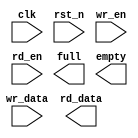
module sync_fifo # (
    parameter DATA_WIDTH = 8,
    parameter FIFO_DEPTH = 8,
    parameter ADDR_WIDTH  = 3
)(
    input  clk,
    input  rst_n,
    input  wr_en,
    input  [DATA_WIDTH-1:0] wr_data,
    input  rd_en,
    output reg [DATA_WIDTH-1:0] rd_data,
    output reg full,
    output reg empty
);

reg [ADDR_WIDTH-1:0] wr_ptr;
reg [ADDR_WIDTH-1:0] rd_ptr;
reg [ADDR_WIDTH:0]   fifo_cnt;
reg [DATA_WIDTH-1:0] buf_mem [0:FIFO_DEPTH-1];

always @(posedge clk or negedge rst_n) begin
    if(!rst_n)
        fifo_cnt <= {(ADDR_WIDTH){1'b0}};
        else begin
            if(rd_en && wr_en && ~full && ~empty)
                fifo_cnt <=fifo_cnt;
            else if(wr_en && ~full)
                fifo_cnt <= fifo_cnt + 1;
            else if(rd_en && ~empty)
                fifo_cnt <= fifo_cnt-1;
        end
end 

always @(posedge clk or negedge rst_n) begin
   if(!rst_n)
        wr_ptr <= {ADDR_WIDTH{1'b0}};
    else begin
        if(wr_ptr==FIFO_DEPTH-1)
            wr_ptr <= {ADDR_WIDTH{1'b0}};
      else if(wr_en && ~full)
            wr_ptr <= wr_ptr + 1'b1;
    end 
end

always @(posedge clk or negedge rst_n) begin
    if(!rst_n)
         rd_ptr <= {ADDR_WIDTH{1'b0}};
     else begin
         if(rd_ptr==FIFO_DEPTH-1)
             rd_ptr <= {ADDR_WIDTH{1'b0}};
       else if(rd_en && ~empty)
             rd_ptr <= rd_ptr + 1'b1;
     end 
 end

 integer II;    

 always @(posedge clk or negedge rst_n) begin
     if(!rst_n)
        for(II=0;II<FIFO_DEPTH;II=II+1)
            buf_mem[II] <= {DATA_WIDTH{1'b0}};
     else if (wr_en && ~full)
        buf_mem[wr_ptr] <= wr_data;
 end
endmodule